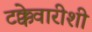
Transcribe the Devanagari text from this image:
टक्केवारीशी